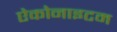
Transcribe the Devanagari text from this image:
ऐकोनाइटम